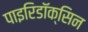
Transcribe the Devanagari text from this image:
पाइरिडॉक्सिन